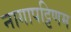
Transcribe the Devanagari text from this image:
नागापट्टिणम